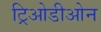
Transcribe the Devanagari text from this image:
ट्रिओडीओन